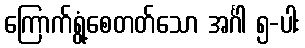
ကြောက်ရွံ့စေတတ်သော အင်္ဂါ ၅-ပါး